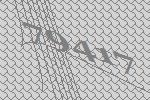
79417